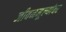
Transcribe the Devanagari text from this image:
जीवनमूल्यांवर